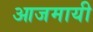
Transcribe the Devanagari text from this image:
आजमायी